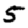
Digit: 5